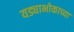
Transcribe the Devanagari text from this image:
यड्याभोकाच्या